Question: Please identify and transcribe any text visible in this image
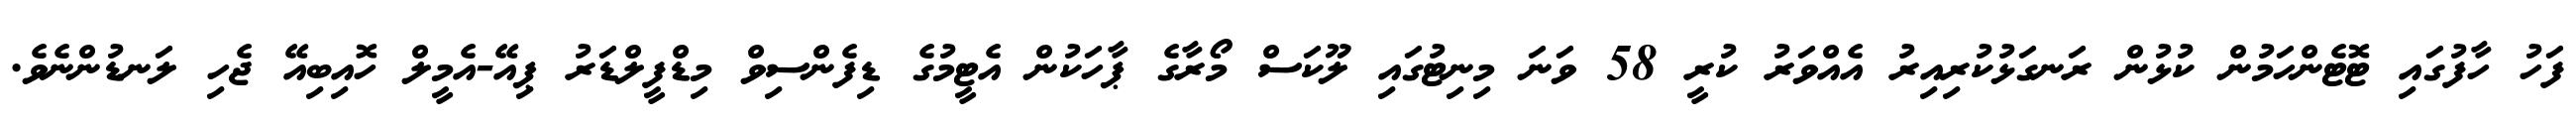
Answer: ފަހު ހާފުގައި ޓޮޓެންހަމުން ކުޅުން ރަނގަޅުކުރިއިރު އެއްވަރު ކުރީ 58 ވަނަ މިނިޓުގައި ލޫކަސް މޯރާގެ ޕާހަކުން އެޓީމުގެ ޑިފެންސިވް މިޑްފީލްޑަރު ޕިއޭ-އެމީލް ހޮއިބިއޭ ޖެހި ލަނޑުންނެވެ.